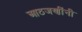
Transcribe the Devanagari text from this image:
आठजणींनी